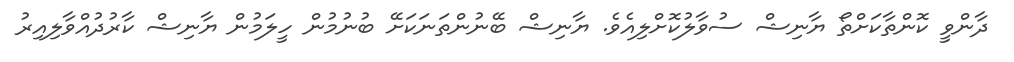
ދާންވީ ކޮންތާކަށްތޯ ޔާނިޝް ސުވާލުކޮށްލިއެވެ. ޔާނިޝް ބޭނުންތަނަކަށޭ ބުނުމުން ހީލަމުން ޔާނިޝް ކާރުދުއްވާލިއިރު